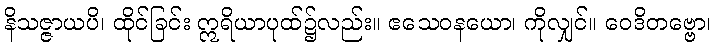
နိသဇ္ဇာယပိ၊ ထိုင်ခြင်း ဣရိယာပုထ်၌လည်း။ ဧသေဝနယော၊ ကိုလျှင်။ ဝေဒိတဗ္ဗော၊